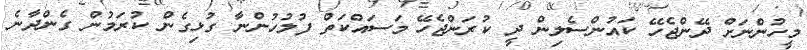
މީހުންނަށް ދޭންޖެހޭ ކައުންސެލިން ދީ ކުރަންޖެހޭ މަސައްކަތް ފުލުހުންނާ ގުޅިގެން ކުރަމުން ގެންދާނެ